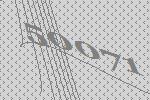
50071